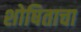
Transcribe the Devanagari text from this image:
शोषिताचा